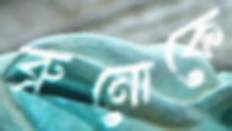
ব্রুনোকে